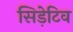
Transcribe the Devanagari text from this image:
सिड़ेटिव